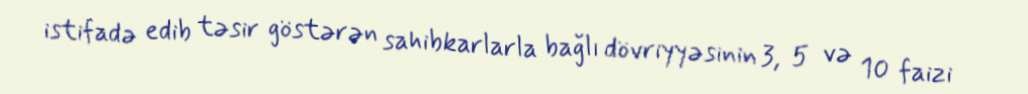
istifadə edib təsir göstərən sahibkarlarla bağlı dövriyyəsinin 3, 5 və 10 faizi